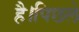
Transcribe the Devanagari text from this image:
है।पिछले